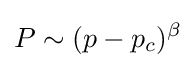
P\sim (p-p_{c})^{\beta }\,\!